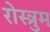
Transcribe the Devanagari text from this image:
रोस्त्रुम